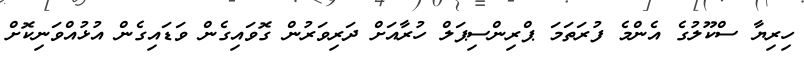
ހިރިޔާ ސްކޫލުގެ އެންމެ ފުރަތަމަ ޕްރިންސިޕަލް ހުރާއަށް ދަރިވަރުން ގޮވައިގެން ވަޑައިގެން އުޅުއްވަނިކޮށް